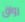
رواق